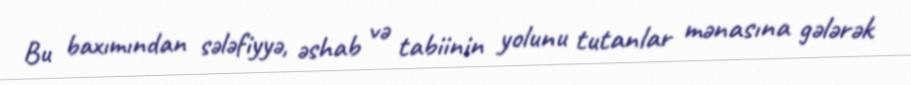
Bu baxımından sələfiyyə, əshab və tabiinin yolunu tutanlar mənasına gələrək